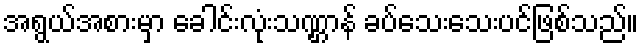
အရွယ်အစားမှာ ခေါင်းလုံးသဏ္ဌာန် ခပ်သေးသေးပင်ဖြစ်သည်။